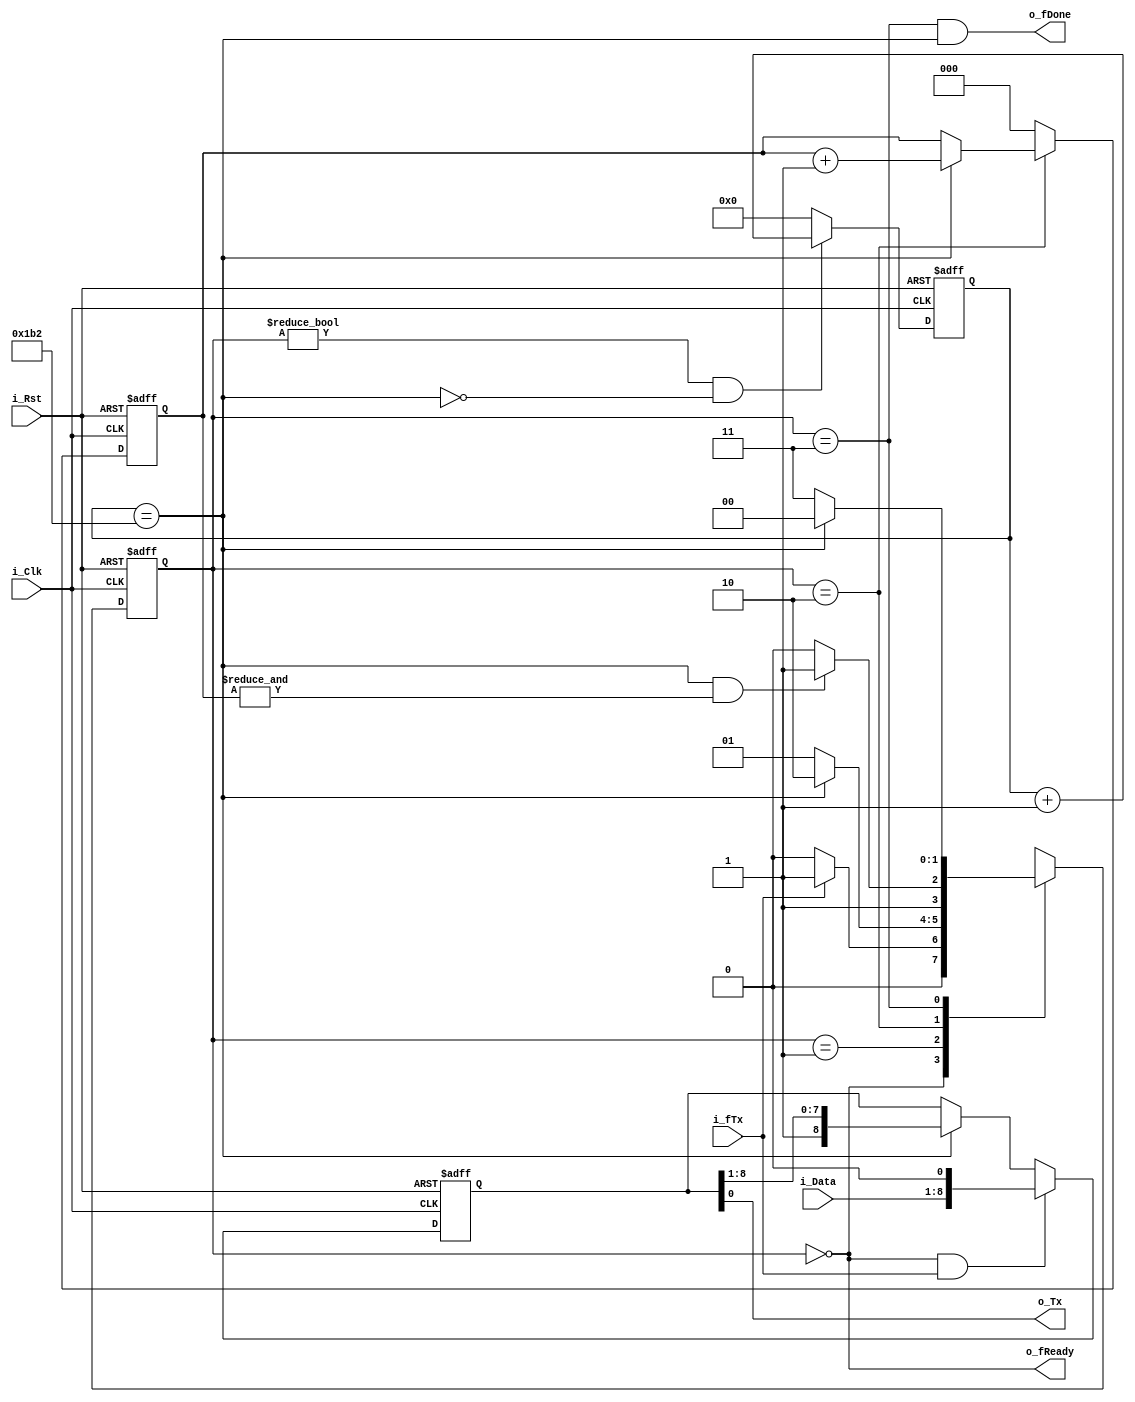
module UART_TX(i_Clk,i_Rst,i_fTx,i_Data,o_fDone,o_fReady,o_Tx);
    input i_Clk,i_Rst,i_fTx;
    input [7:0] i_Data;

    output o_fDone,o_fReady,o_Tx;

reg [15:0] c_ClkCnt,n_ClkCnt;
reg [1:0] c_State,n_State;
reg [2:0] c_BitCnt,n_BitCnt;
reg [8:0] c_Data,n_Data;

wire fLstBit,fLstClk,fIncClkCnt,fIdle,fTxData;

parameter IDLE = 2'b00,
          TX_START = 2'b01,
          TX_Data = 2'b10,
          TX_STOP = 2'b11,
          CYCLES_PER_BIT = 434;

assign o_fDone = c_State == TX_STOP && fLstClk,
       o_fReady = c_State == IDLE,
       o_Tx = c_Data[0];

assign fLstClk = c_ClkCnt == CYCLES_PER_BIT,
       fLstBit = fLstClk && &c_BitCnt,
       fIncClkCnt = c_State != IDLE && !fLstClk,
       fIdle = c_State == IDLE,
       fTxData = c_State == TX_Data;

always@(posedge i_Clk,negedge i_Rst)
    if(!i_Rst)begin
        c_State = IDLE;
        c_BitCnt = 0;
        c_ClkCnt = 0;
        c_Data = -1;
    end else begin
        c_State = n_State;
        c_BitCnt = n_BitCnt;
        c_Data = n_Data;
        c_ClkCnt = n_ClkCnt;
    end

always@*
    begin

        n_ClkCnt = fIncClkCnt ? c_ClkCnt + 1 : 0;
        n_BitCnt = fTxData ? fLstClk ? c_BitCnt + 1 : c_BitCnt : 0;
        n_Data =  fIdle && i_fTx ? {i_Data, 1'b0} : fLstClk ? {1'b1, c_Data[8:1]} : c_Data;
        
        n_State = c_State;
        case(c_State)

            IDLE:begin
                if(i_fTx) n_State = TX_START;
                else n_State = IDLE;
            end

            TX_START:begin
                if(fLstClk) n_State = TX_Data;
                else n_State = TX_START;
            end

            TX_Data:begin
                if(fLstBit) n_State = TX_STOP;
                else n_State = TX_Data;
            end

            TX_STOP:begin
                n_State = fLstClk ? IDLE : TX_STOP;
            end

        endcase

    end

endmodule